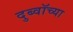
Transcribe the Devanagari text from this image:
दुब्वॉच्या